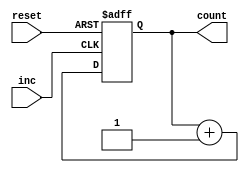
`timescale 1ns / 1ps


module counter16(reset, inc, count);

    input reset, inc;
    output reg [15:0]count;
    
    
    always @ (posedge inc or negedge reset) begin
        if (!reset)
            count <= 0;
         else if (inc)
            count <= count + 1;
    end //always

endmodule